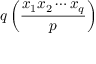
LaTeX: q \left( { \frac { x _ { 1 } x _ { 2 } \cdots x _ { q } } { p } } \right)